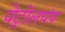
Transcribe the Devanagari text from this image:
पेट्रोलपंप